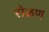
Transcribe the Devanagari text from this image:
रोळण